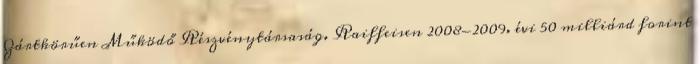
Zártkörűen Működő Részvénytársaság. Raiffeisen 2008-2009. évi 50 milliárd forint